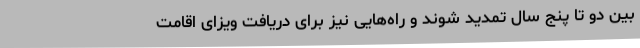
بین دو تا پنج سال تمدید شوند و راه‌هایی نیز برای دریافت ویزای اقامت